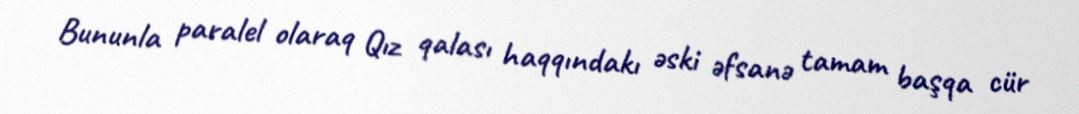
Bununla paralel olaraq Qız qalası haqqındakı əski əfsanə tamam başqa cür